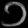
Digit: ၁